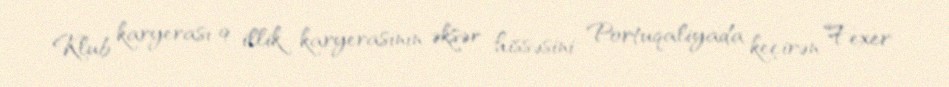
Klub karyerası 9 illik karyerasının əksər hissəsini Portuqaliyada keçirən Fexer